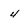
Character: 4